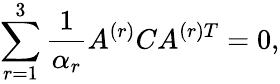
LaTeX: \sum_{r=1}^{3}{\frac{1}{\alpha_{r}}}A^{(r)}CA^{(r)T}=0,